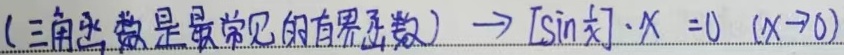
（三角函数是最常见的有界函数）\(\lim_{x \to 0}[\sin x]\cdot x = 0\)